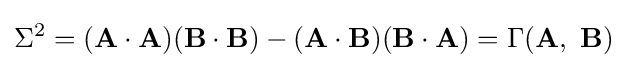
\Sigma ^{2}=(\mathbf {A\cdot A} )(\mathbf {B\cdot B} )-(\mathbf {A\cdot B} )(\mathbf {B\cdot A} )=\Gamma (\mathbf {A} ,\ \mathbf {B} )\